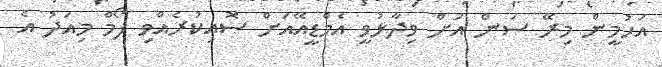
އަހުމީން މިރޭ ސަން އަށް ވިދާޅުވީ އެމްޑީއޭއަށް ސޮއިކުރެއްވި ފޯމް މިއަދު އެ